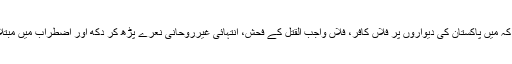
یہی وجہ ہے کہ میں پاکستان کی دیواروں پر فلاں کافر، فلاں واجب القتل کے فحش، انتہائی غیرروحانی نعرے پڑھ کر دکھ اور اضطراب میں مبتلا ہو جاتا ہوں۔